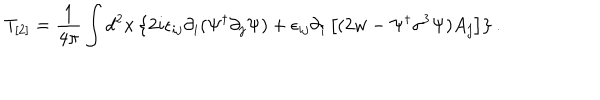
T _ { [ 2 ] } = \frac { 1 } { 4 \pi } \int d ^ { 2 } x \left\{ 2 i \epsilon _ { i j } \partial _ { i } ( \Psi ^ { \dagger } \partial _ { j } \Psi ) + \epsilon _ { i j } \partial _ { i } \left[ ( 2 w - \Psi ^ { \dagger } \sigma ^ { 3 } \Psi ) A _ { j } \right] \right\} .